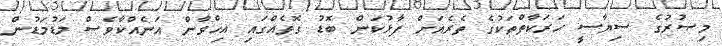
މިޞުރުގެ ސިޔާސީ ޙަރަކާތްތަކުގެ ތެރެއަށް ފާޅުކަން ބޮޑު ގޮތެއްގައި އިޚްވާން އަނެއްކާވެސް މަޑުމަޑުން